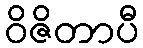
ဝိဇိတာပီ